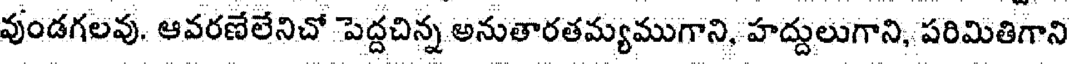
వుండగలవు. ఆవరణేలేనిచో పెద్దచిన్న అనుతారతమ్యముగాని, హద్దులుగాని, పరిమితిగాని